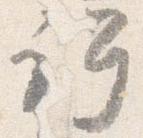
許